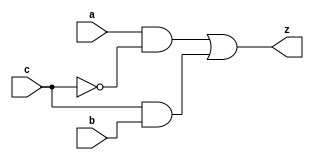


module yMux1(z, a, b, c);
output z;
input a, b, c;
wire notC, upper, lower;

not my_not(notC, c);
and upperAnd(upper, a, notC);
and lowerAnd(lower, c, b);
or my_or(z, upper, lower);

endmodule 

module yMux2(z, a, b, c);
    parameter SIZE = 2;
    output [SIZE-1:0] z;
    input [SIZE-1:0] a, b;
    input c;

    yMux1 min[SIZE-1:0](z, a, b, c);

endmodule

module labL;
parameter SIZE = 32;
reg [SIZE-1:0]a, b, expZ;
reg c;
wire [SIZE-1:0]z;
integer i, j, k;

yMux2 #(SIZE) mux2(z, a, b, c);

initial
    begin
        for(i = 0; i < 4; i++)
            begin
                for(j = 0; j < 4; j++)
                    begin
                        for(k = 0; k < 2; k++)
                            begin
                            a = i; b = j; c = k;
                            expZ = (a&~c)+(b&c);
                            #1 if(expZ === z)
                                $display("PASS time=%2d a=%2b b=%2b c=%b z=%2b", $time, a, b, c, z);
                            else
                                $display("FAIL time=%2d a=%2b b=%2b c=%b z=%2b expZ=%2b", $time, a, b, c, z, expZ);
                            end
                    end
            end
    end

endmodule